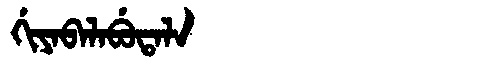
Manchu: ᡤᡳᠶᠠᠪᠠᠯᠠᠪᡠᡨᠠᠯᠠ
Romanization: GIYABALABUTALA